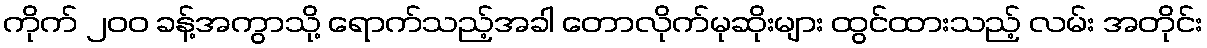
ကိုက် ၂၀၀ ခန့်အကွာသို့ ရောက်သည့်အခါ တောလိုက်မုဆိုးများ ထွင်ထားသည့် လမ်း အတိုင်း